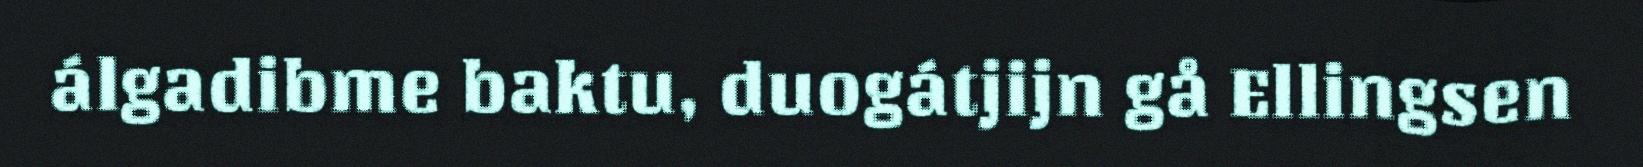
álgadibme baktu, duogátjijn gå Ellingsen